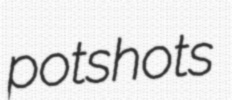
potshots